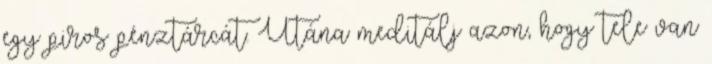
egy piros pénztárcát. Utána meditálj azon, hogy tele van